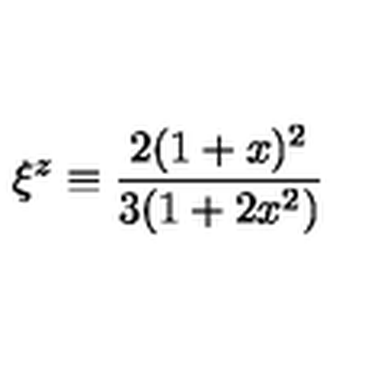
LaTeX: \xi ^ { z } \equiv \frac { 2 ( 1 + x ) ^ { 2 } } { 3 ( 1 + 2 x ^ { 2 } ) }